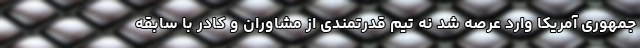
جمهوری آمریکا وارد عرصه شد نه تیم قدرتمندی از مشاوران و کادر با سابقه